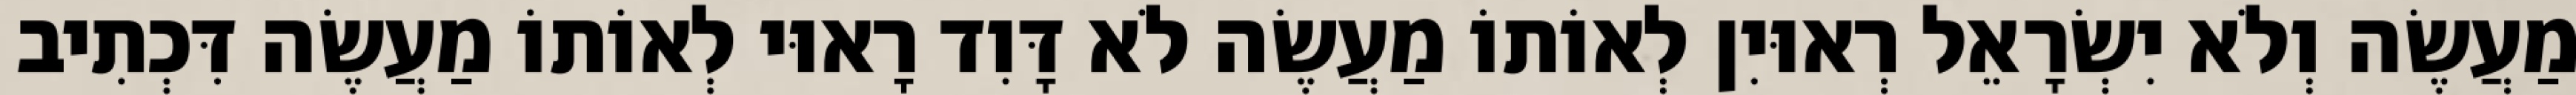
מַעֲשֶׂה וְלֹא יִשְׂרָאֵל רְאוּיִן לְאוֹתוֹ מַעֲשֶׂה לֹא דָּוִד רָאוּי לְאוֹתוֹ מַעֲשֶׂה דִּכְתִיב